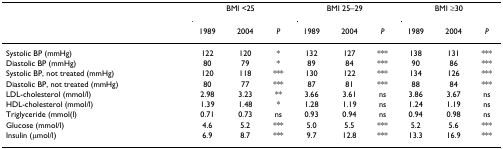
<table><thead><tr><td></td><td colspan="3"><b>BMI &lt;25</b></td><td colspan="3"><b>BMI 25–29</b></td><td colspan="3"><b>BMI ≥30</b></td></tr><tr><td></td><td><b>1989</b></td><td><b>2004</b></td><td><b><i>P</i></b></td><td><b>1989</b></td><td><b>2004</b></td><td><b><i>P</i></b></td><td><b>1989</b></td><td><b>2004</b></td><td><b><i>P</i></b></td></tr></thead><tbody><tr><td>Systolic BP (mmHg)</td><td>122</td><td>120</td><td>*</td><td>132</td><td>127</td><td>***</td><td>138</td><td>131</td><td>***</td></tr><tr><td>Diastolic BP (mmHg)</td><td>80</td><td>79</td><td>*</td><td>89</td><td>84</td><td>***</td><td>90</td><td>86</td><td>***</td></tr><tr><td>Systolic BP, not treated (mmHg)</td><td>120</td><td>118</td><td>***</td><td>130</td><td>122</td><td>***</td><td>134</td><td>126</td><td>***</td></tr><tr><td>Diastolic BP, not treated (mmHg)</td><td>80</td><td>77</td><td>***</td><td>87</td><td>81</td><td>***</td><td>88</td><td>84</td><td>***</td></tr><tr><td>LDL-cholesterol (mmol/l)</td><td>2.98</td><td>3.23</td><td>**</td><td>3.66</td><td>3.61</td><td>ns</td><td>3.86</td><td>3.67</td><td>ns</td></tr><tr><td>HDL-cholesterol (mmol/l)</td><td>1.39</td><td>1.48</td><td>*</td><td>1.28</td><td>1.19</td><td>ns</td><td>1.24</td><td>1.19</td><td>ns</td></tr><tr><td>Triglyceride (mmol(l)</td><td>0.71</td><td>0.73</td><td>ns</td><td>0.93</td><td>0.94</td><td>ns</td><td>0.94</td><td>0.98</td><td>ns</td></tr><tr><td>Glucose (mmol/l)</td><td>4.6</td><td>5.2</td><td>***</td><td>5.0</td><td>5.5</td><td>***</td><td>5.2</td><td>5.6</td><td>***</td></tr><tr><td>Insulin (μmol/l)</td><td>6.9</td><td>8.7</td><td>***</td><td>9.7</td><td>12.8</td><td>***</td><td>13.3</td><td>16.9</td><td>***</td></tr></tbody></table>